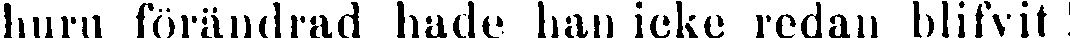
huru förändrad hade han icke redan blifvit !